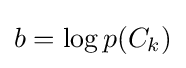
b=\log p(C_{k})